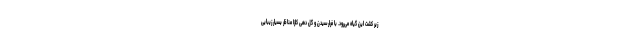
زیر کشت این گیاه می‌رود. با فرارسیدن و گل دهی کلزا مناظر بسیار زیبایی